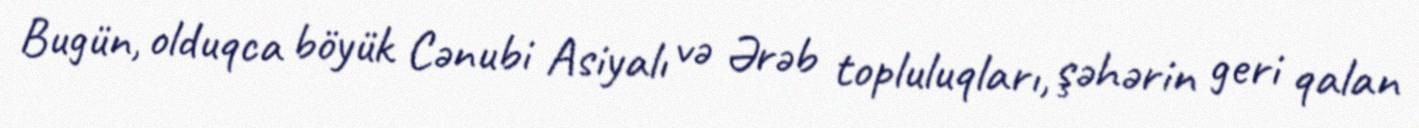
Bugün, olduqca böyük Cənubi Asiyalı və Ərəb topluluqları, şəhərin geri qalan